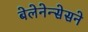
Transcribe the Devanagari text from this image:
बेलेनेन्सेसने